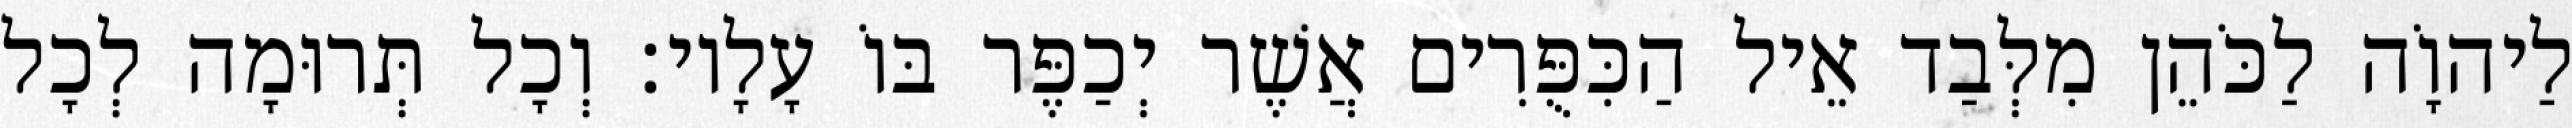
לַיהוָֹה לַכֹּהֵן מִלְּבַד אֵיל הַכִּפֻּרִים אֲשֶׁר יְכַפֶּר בּוֹ עָלָיו׃ וְכָל תְּרוּמָה לְכָל